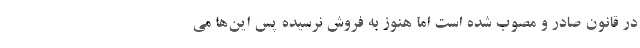
در قانون صادر و مصوب شده است اما هنوز به فروش نرسیده پس این‌ها می